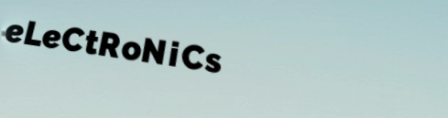
eLeCtRoNiCs